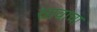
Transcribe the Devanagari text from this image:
स्रावाचा